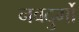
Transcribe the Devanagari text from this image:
नवदुर्गो